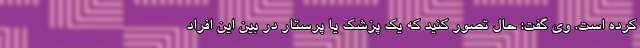
کرده است. وی گفت: حال تصور کنید که یک پزشک یا پرستار در بین این افراد